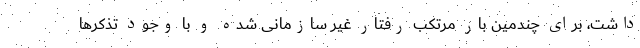
داشت، برای چندمین بار مرتکب رفتار غیر سازمانی شده و با وجود تذکرها